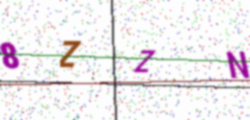
Text: 8ZZN